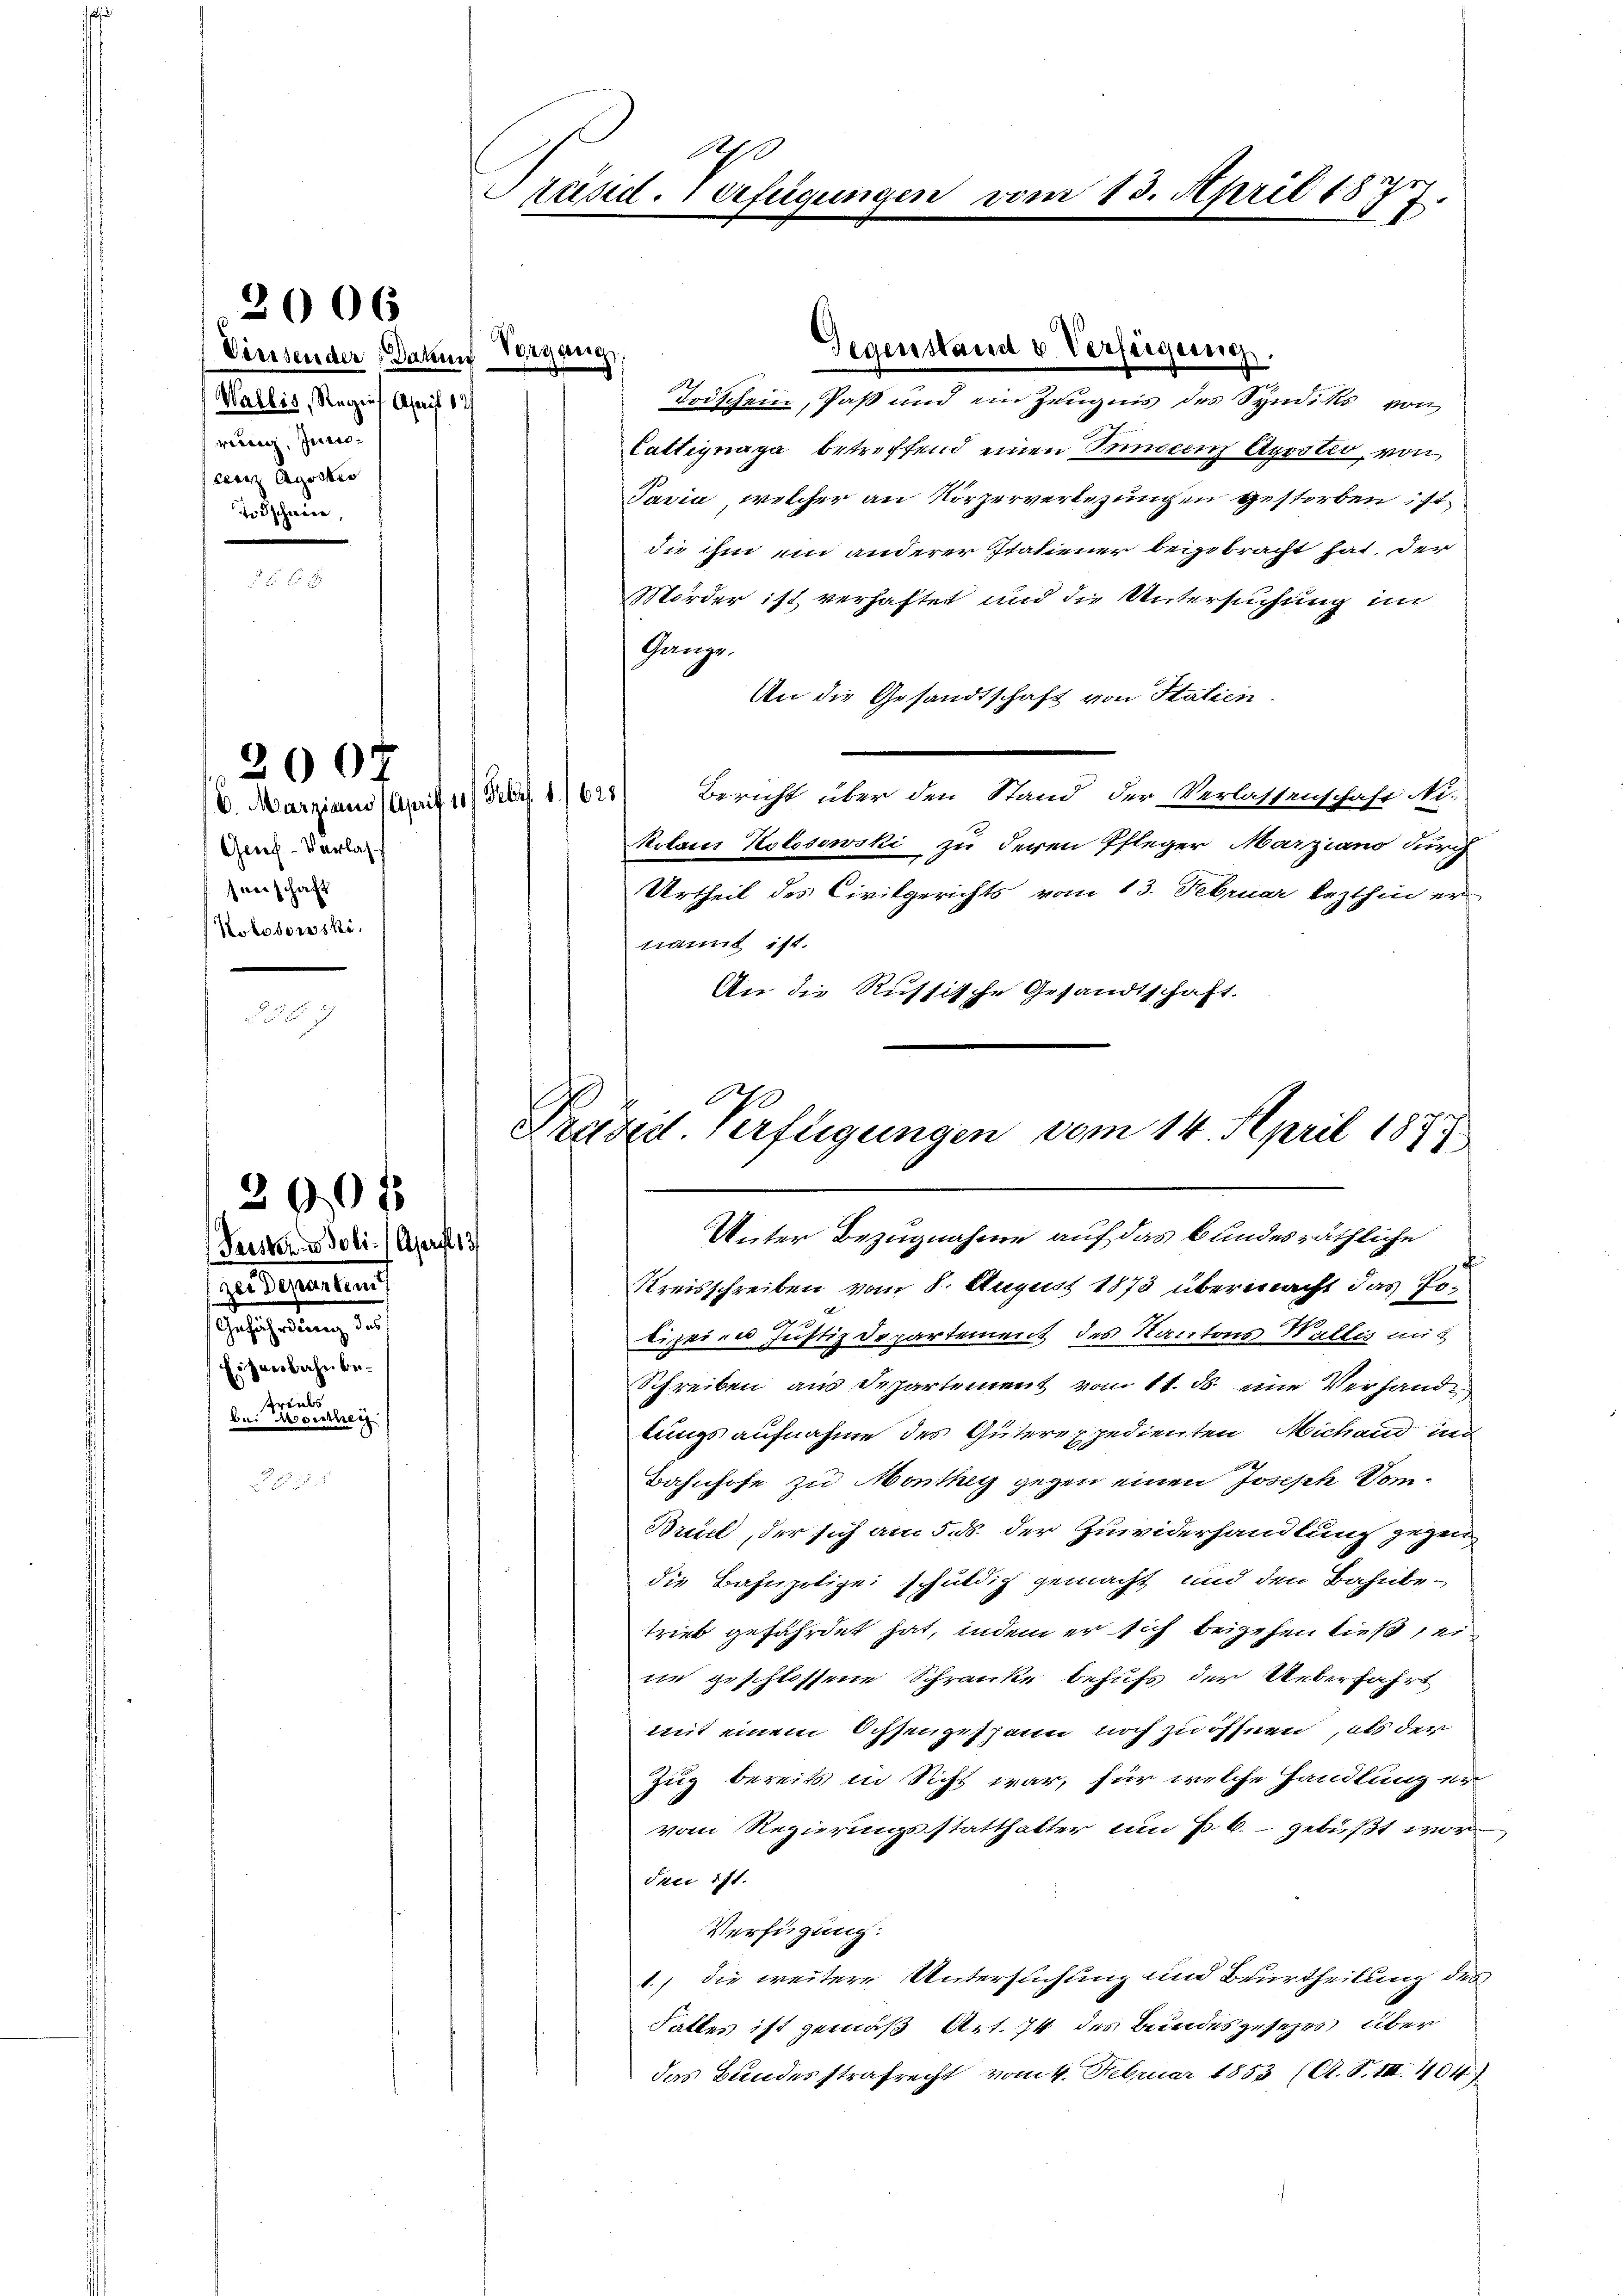
Versender Dahin
Wallis, Regief Aseit 12
rer, Juris-
ear Agosbes
Todschwier,

2006

Gerech-Verlassverschaft
Kotosowski,

200f

2357

200 f

20
rüsid. Verfügungen vom 13. April 1873.

Todschein, Paß und ein Zeugnis des Syndiks von
Cattignaga betreffend einen Bundernn Apostio, von
Jasia, welcher an Körperverbezungen gestorben ist.
die ihm ein anderer statiener begebracht hat, der
Mörder ist verhaftet und die Untersuchung im
Ganze.
An die Gesandtschaft von Statien.
Bericht über den Stand der Verlassenschaft Ni-
V. Marzians April 11. Febr. 1625
Milans Kolosowski zu deren Pfleger Marziano durch
Urtheil des Civilgerichts vom 13. Februar lezthin er
nannt ist.
An die Russische Gesandtschaft.
Präses Verfügungen vom 14. April 1877

Vergang

Geistern Joli. April 13
seideparten
Gescheidung un
Eisenbahn betriebe
bei Moussetz

Kreisschreiben vom 8. August 1873 übermacht das Erlizeien Justiz Departement des Kantons Wallis mit
Schreiben aus Departement vom 11. ds. eine Verhandtungs aufnahme des Güterexpedienten Michand in
Bahnhofe zu Monthey gegen einen Joseph Som¬
Bruck, der sich am 5. ds. der Zuwiderhandlung gegen
die Bahnpolizei schuldig gemacht und den Bahnbetrieb gefährdet hat, indem er sich beigehen ließ sei
ne geschlossene Schranke behufs der Ueberfahrt
mit einem Ochsengespann noch zu öffnen, als der
Zug bereits in Sichs war, für welche Handlung er
vom Regierungsstatthalter um 6. gebüßt wor
Jnei ist.
Verfügung:
1., die weitere Untersuchung und Beurtheilung des
Falles ist gemäß Art. 74 des Bundesgesezes über
das Bundesstrafrecht vom 4. Februar 1853 (A. S. III 404

Gegenstand u Verfügung.

Unter Bezugnahme auf das bundesräthliche